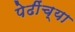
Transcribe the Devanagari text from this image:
पेढींच्या